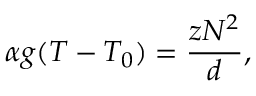
\alpha g ( T - T _ { 0 } ) = \frac { z N ^ { 2 } } { d } ,